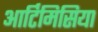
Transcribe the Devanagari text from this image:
आर्टिमिसिया